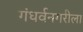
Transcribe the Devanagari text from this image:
गंधर्वनगरीला